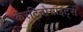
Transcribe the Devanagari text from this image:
केरटिनोसाइट्स